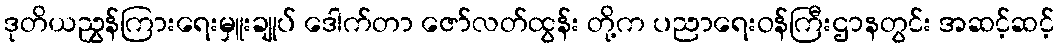
ဒုတိယညွှန်ကြားရေးမှူးချုပ် ဒေါက်တာ ဇော်လတ်ထွန်း တို့က ပညာရေးဝန်ကြီးဌာနတွင်း အဆင့်ဆင့်